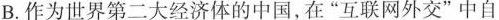
B.作为世界第二大经济体的中国，在”互联网外交”中自